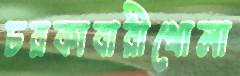
চরকাবারীখোলা